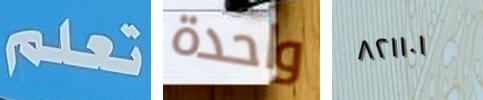
تعلم واحدة ٨٢١١٠١